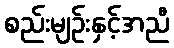
စည်းမျဉ်းနှင့်အညီ